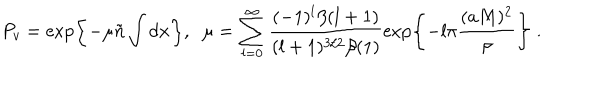
LaTeX: P _ { v } = \exp \left\{ - \mu \tilde { n } \int d { \bf x } \right\} , \; \; \mu = \sum _ { l = 0 } ^ { \infty } \frac { ( - 1 ) ^ { l } \beta ( l + 1 ) } { ( l + 1 ) ^ { 3 / 2 } \beta ( 1 ) } \exp \left\{ - l \pi \frac { ( a M ) ^ { 2 } } { \rho } \right\} \; .